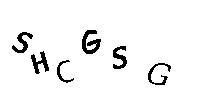
SHCGSG